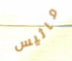
ماثيس